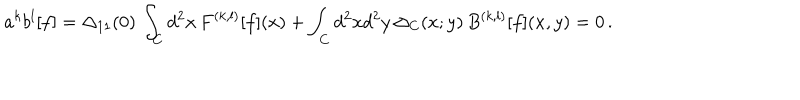
LaTeX: a ^ { k } b ^ { l } [ f ] = \Delta _ { 1 1 } ( 0 ) \, \int _ { C } d ^ { 2 } x \, F ^ { ( k , l ) } [ f ] ( x ) + \int _ { C } d ^ { 2 } x d ^ { 2 } y \, \Delta _ { C } ( x ; y ) \, B ^ { ( k , l ) } [ f ] ( x , y ) = 0 \, .